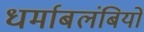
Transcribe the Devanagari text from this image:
धर्माबलंबियों